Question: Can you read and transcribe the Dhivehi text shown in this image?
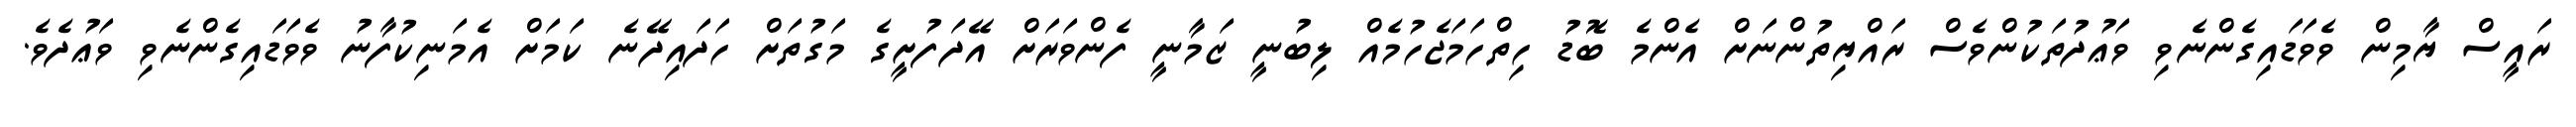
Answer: ރައީސް ޔާމިން ވެވަޑައިގެންނެވި ވަޢުދުތަކުންވެސް ރައްޔިތުންނަށް އެންމެ ބޮޑު ހިތްހަމަޖެހުމެއް ލިބުނީ ޒަމާނީ ފެންވަރަށް އޭދަފުށީގެ މަގުތަށް ހަދައިދޭނެ ކަމަށް އެމަނިކުފާނު ވެވަޑައިގެންނެވި ވަޢުދެވެ.